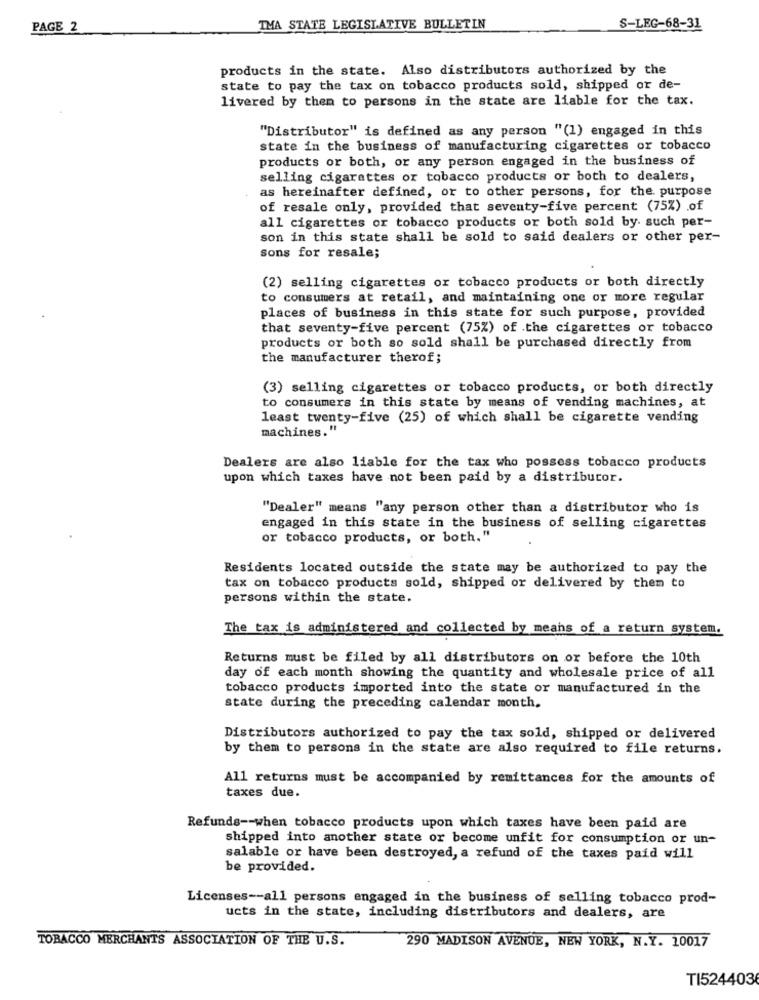
PAGE 2
TMA STATE LEGISLATIVE BULLETIN
S-LEG-68-31
products in the state. Also distributors authorized by the
state to pay the tax on tobacco products sold, shipped or de-
livered by them to persons in the state are liable for the tax.
"Distributor" is defined as any person "(1) engaged in this
state in the business of manufacturing cigarettes or tobacco
products or both, or any person engaged in the business of
selling cigarettes or tobacco products or both to dealers,
as hereinafter defined, or to other persons, for the purpose
of resale only, provided that seventy-five percent (75%) of
all cigarettes or tobacco products or both sold by. such per-
son in this state shall be sold to said dealers or other per-
sons for resale;
(2) selling cigarettes or tobacco products or both directly
to consumers at retail, and maintaining one or more regular
places of business in this state for such purpose, provided
that seventy-five percent (75%) of the cigarettes or tobacco
products or both so sold shall be purchased directly from
the manufacturer therof;
(3) selling cigarettes or tobacco products, or both directly
to consumers in this state by means of vending machines, at
least twenty-five (25) of which shall be cigarette vending
machines."
Dealers are also liable for the tax who possess tobacco products
upon which taxes have not been paid by a distributor.
"Dealer" means "any person other than a distributor who is
engaged in this state in the business of selling cigarettes
or tobacco products, or both."
Residents located outside the state may be authorized to pay the
tax on tobacco products sold, shipped or delivered by them to
persons within the state.
The tax is administered and collected by means of a return system.
Returns must be filed by all distributors on or before the 10th
day of each month showing the quantity and wholesale price of all
tobacco products imported into the state or manufactured in the
state during the preceding calendar month.
Distributors authorized to pay the tax sold, shipped or delivered
by them to persons in the state are also required to file returns.
All returns must be accompanied by remittances for the amounts of
taxes due.
Refunds -- when tobacco products upon which taxes have been paid are
shipped into another state or become unfit for consumption or un-
salable or have been destroyed, a refund of the taxes paid will
be provided.
Licenses -- all persons engaged in the business of selling tobacco prod-
ucts in the state, including distributors and dealers, are
TOBACCO MERCHANTS ASSOCIATION OF THE U.S.
290 MADISON AVENUE, NEW YORK, N.Y. 10017
TI524403